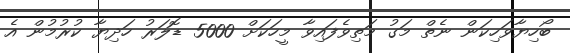
ބޯހިޔާވަހިކަން ނެތް މަގު މަތިވެފައިވާ މީހަކަށް 5000 ޑޮލަރު ހަދިޔާ ކުރުމުން އެ